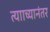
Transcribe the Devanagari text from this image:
त्यााच्यानंतर